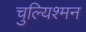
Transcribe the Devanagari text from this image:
चुल्यिश्मन